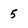
Character: 5